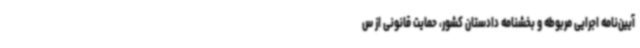
آیین‌نامه اجرایی مربوطه و بخشنامه دادستان کشور، حمایت قانونی از س